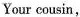
Your cousin,